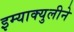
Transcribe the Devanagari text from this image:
इम्‍याक्‍युलीने